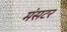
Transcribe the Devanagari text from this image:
मंसटर